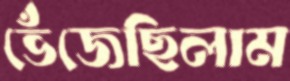
ভেঁজেছিলাম